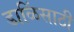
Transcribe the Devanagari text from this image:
डाळिंसाठी